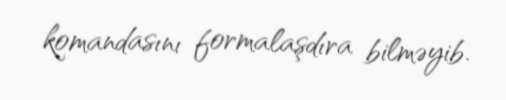
komandasını formalaşdıra bilməyib.